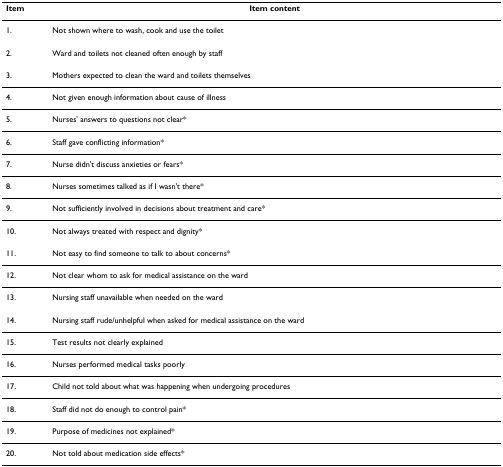
<table><thead><tr><td><b>Item</b></td><td><b>Item content</b></td></tr></thead><tbody><tr><td>1.</td><td>Not shown where to wash, cook and use the toilet</td></tr><tr><td>2.</td><td>Ward and toilets not cleaned often enough by staff</td></tr><tr><td>3.</td><td>Mothers expected to clean the ward and toilets themselves</td></tr><tr><td>4.</td><td>Not given enough information about cause of illness</td></tr><tr><td>5.</td><td>Nurses&#x27; answers to questions not clear*</td></tr><tr><td>6.</td><td>Staff gave conflicting information*</td></tr><tr><td>7.</td><td>Nurse didn&#x27;t discuss anxieties or fears*</td></tr><tr><td>8.</td><td>Nurses sometimes talked as if I wasn&#x27;t there*</td></tr><tr><td>9.</td><td>Not sufficiently involved in decisions about treatment and care*</td></tr><tr><td>10.</td><td>Not always treated with respect and dignity*</td></tr><tr><td>11.</td><td>Not easy to find someone to talk to about concerns*</td></tr><tr><td>12.</td><td>Not clear whom to ask for medical assistance on the ward</td></tr><tr><td>13.</td><td>Nursing staff unavailable when needed on the ward</td></tr><tr><td>14.</td><td>Nursing staff rude/unhelpful when asked for medical assistance on the ward</td></tr><tr><td>15.</td><td>Test results not clearly explained</td></tr><tr><td>16.</td><td>Nurses performed medical tasks poorly</td></tr><tr><td>17.</td><td>Child not told about what was happening when undergoing procedures</td></tr><tr><td>18.</td><td>Staff did not do enough to control pain*</td></tr><tr><td>19.</td><td>Purpose of medicines not explained*</td></tr><tr><td>20.</td><td>Not told about medication side effects*</td></tr></tbody></table>